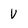
Character: V